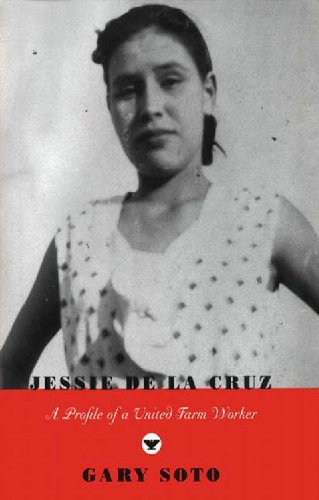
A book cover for Jessie de la Cruz: A Profile of a United Farm Worker; Gary Soto; Teen & Young Adult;